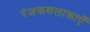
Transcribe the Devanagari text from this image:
रंजकशलाकाएँ